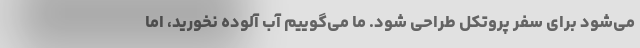
می‌شود برای سفر پروتکل طراحی شود. ما می‌گوییم آب آلوده نخورید، اما